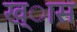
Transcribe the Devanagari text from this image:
ख्ास